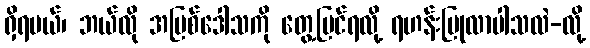
ရှိရမယ်၊ ဘယ်လို အပြစ်ဒေါသကို တွေ့မြင်ရလို့ ရဟန်းပြုလာပါသလဲ-လို့